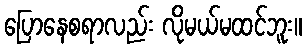
ပြောနေစရာလည်း လိုမယ်မထင်ဘူး။